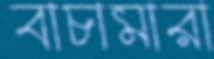
বাচামারা